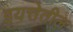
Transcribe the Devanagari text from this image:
इयत्तेतील